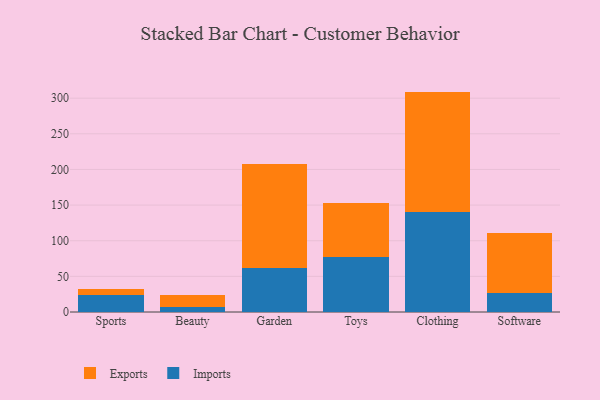
{"axis": {"x": "Category", "y": "Revenue (USD Million)"}, "legend": ["Exports", "Imports"], "data": [{"x": "Sports", "y": 23.2, "type": "Imports"}, {"x": "Sports", "y": 8.9, "type": "Exports"}, {"x": "Beauty", "y": 6.7, "type": "Imports"}, {"x": "Beauty", "y": 17.5, "type": "Exports"}, {"x": "Garden", "y": 61.9, "type": "Imports"}, {"x": "Garden", "y": 145.4, "type": "Exports"}, {"x": "Toys", "y": 76.8, "type": "Imports"}, {"x": "Toys", "y": 75.8, "type": "Exports"}, {"x": "Clothing", "y": 139.8, "type": "Imports"}, {"x": "Clothing", "y": 169.4, "type": "Exports"}, {"x": "Software", "y": 26.4, "type": "Imports"}, {"x": "Software", "y": 84.0, "type": "Exports"}]}